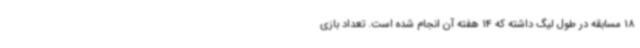
18 مسابقه در طول لیگ داشته که 14 هفته آن انجام شده است. تعداد بازی